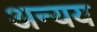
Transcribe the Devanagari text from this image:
अन्यय